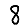
Digit: 8